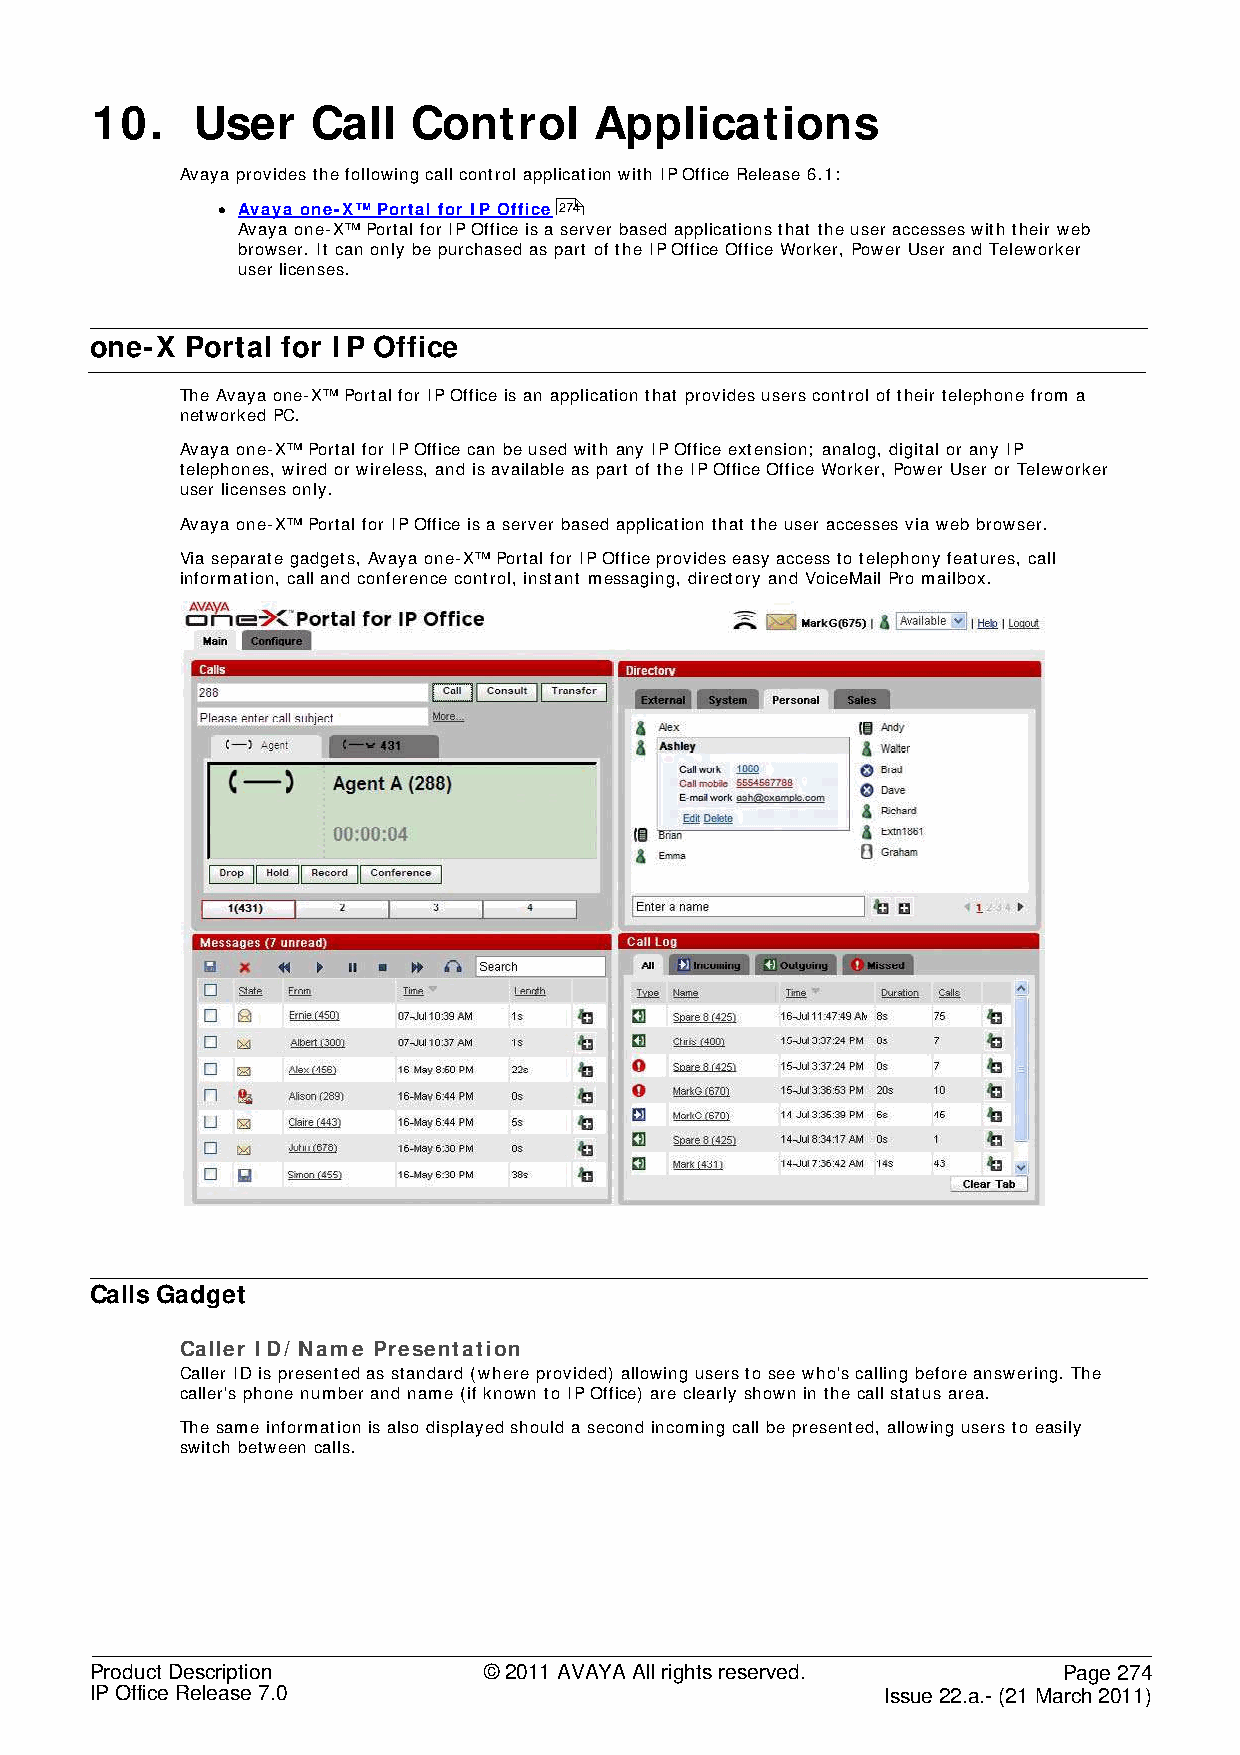
10.    User    Call  Control     Applications
 Avaya provides the following call control application with IP Office Release 6.1:
 • Avaya one-X™ Portal for IP Office 274
 Avaya one-X™ Portal for IP Office is a server based applications that the user accesses with their web
 browser. It can only be purchased as part of the IP Office Office Worker, Power User and Teleworker
 user licenses.
 one-X Portal for IP Office
 The Avaya one-X™ Portal for IP Office is an application that provides users control of their telephone from a
 networked PC.
 Avaya one-X™ Portal for IP Office can be used with any IP Office extension; analog, digital or any IP
 telephones, wired or wireless, and is available as part of the IP Office Office Worker, Power User or Teleworker
 user licenses only.
 Avaya one-X™ Portal for IP Office is a server based application that the user accesses via web browser.
 Via separate gadgets, Avaya one-X™ Portal for IP Office provides easy access to telephony features, call
 information, call and conference control, instant messaging, directory and VoiceMail Pro mailbox.
 Calls Gadget
 Caller ID/ Name Presentation
 Caller ID is presented as standard (where provided) allowing users to see who's calling before answering. The
 caller's phone number and name (if known to IP Office) are clearly shown in the call status area.
 The same information is also displayed should a second incoming call be presented, allowing users to easily
 switch between calls.
 Product Description       © 2011 AVAYA All rights reserved.     Page 274
 IP Office Release 7.0                                Issue 22.a.- (21 March 2011)